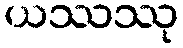
ယဿဿု